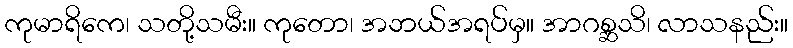
ကုမာရိကေ၊ သတို့သမီး။ ကုတော၊ အဘယ်အရပ်မှ။ အာဂစ္ဆသိ၊ လာသနည်း။